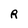
Character: R